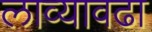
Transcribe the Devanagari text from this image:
लाव्यावढा